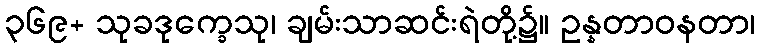
၃၆၉+ သုခဒုက္ခေသု၊ ချမ်းသာဆင်းရဲတို့၌။ ဥန္နတာဝနတာ၊